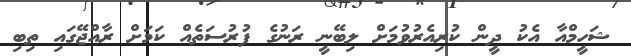
ޝަހީމްއާ އެކު ދީން ކުރިއެރުވުމަށް ލިބޭނީ ރަނުގެ ފުރުސަތެއް ކަމަށް ރާއްޖޭގައި ތިބި